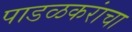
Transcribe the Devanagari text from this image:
पाडळकरांचा